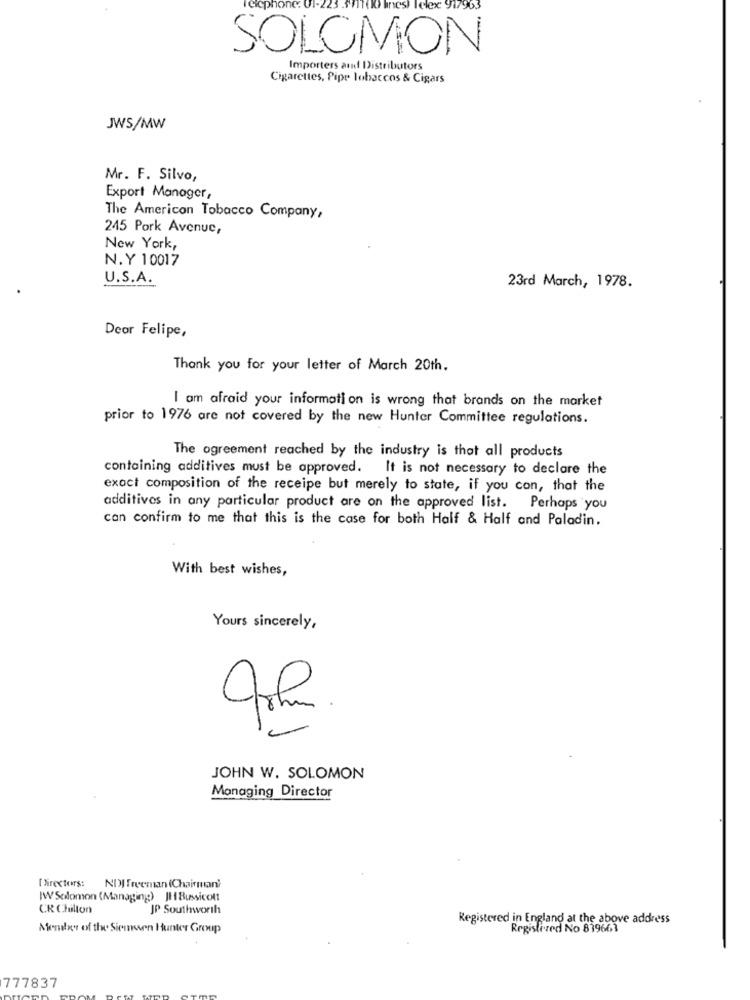
l'eicphone:
lelex 9
SOLOMON
Importers and Distributors
Cigarettes, Pipe Tobaccos & Cigars
JWS/MW
Mr. F. Silvo,
Export Manager,
The American Tobacco Company,
245 Pork Avenue,
New York,
N.Y 10017
U.S.A.
23rd March, 1978.
Deor Felipe,
Thank you for your letter of March 20th.
I am afraid your information is wrong that brands on the market
prior to 1976 are not covered by the new Hunter Committee regulations.
The ogreement reached by the industry is thot all products
containing additives must be approved. It is not necessary to declare the
exact composition of the receipe but merely to state, if you con, that the
additives in any particular product are on the approved list. Perhaps you
can confirm to me that this is the case for both Half & Half and Paladin.
With best wishes,
Yours sincerely,
JOHN W. SOLOMON
Managing Director
[ Nirectors: NDI freeman (Chairman'
IWSolomon (Managing) JH Bussicolt
CR Chillon
JP Southworth
Registered in England at the above address
Member of the Siemssen Hunter Group
Registered No 839663
777837